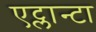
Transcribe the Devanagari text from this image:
एट्लान्टा